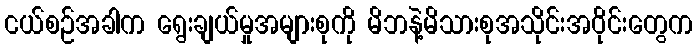
ငယ်စဉ်အခါက ရွေးချယ်မှုအများစုကို မိဘနဲ့မိသားစုအသိုင်းအဝိုင်းတွေက